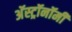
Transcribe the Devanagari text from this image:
अॅस्ट्रॉनॉमी